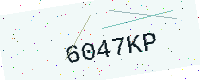
Text: 6047KP